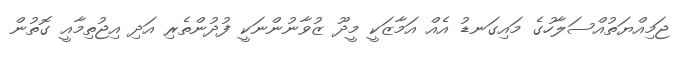
ޖަމިއްޔަތުއްސަލާހުގެ މައިގަނޑު އެއް އަމާޒަކީ މީދޫ ޒުވާނުންނަކީ ފުދުންތެރި އަދި އިޖުތިމާއީ ގޮތުން